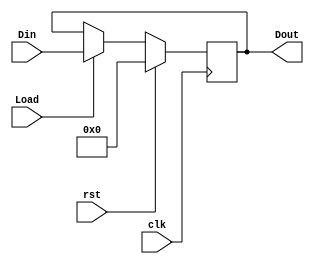
`timescale 1ns / 1ps
//////////////////////////////////////////////////////////////////////////////////
// Company: 
// Engineer: 
// 
// Design Name: 
// Module Name: IF_ID_pipeline
// Project Name: 
// Target Devices: 
// Tool Versions: 
// Description: 
// 
// Dependencies: 
// 
// Revision:
// Revision 0.01 - File Created
// Additional Comments:
// 
//////////////////////////////////////////////////////////////////////////////////


module MEM_WB_pipeline(
input clk,
input rst,
input Load,
input [68:0] Din,
output reg [68:0] Dout
    );
    
    always @(posedge clk) 
    begin
    if (rst==1'b1)
        Dout <= 69'd0; 
    else if (Load == 1'b1)
        Dout <= Din; 
    end 
    
endmodule